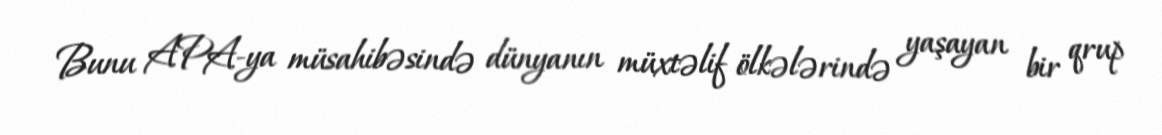
Bunu APA-ya müsahibəsində dünyanın müxtəlif ölkələrində yaşayan bir qrup